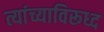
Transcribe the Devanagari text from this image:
त्यांच्याविरूध्द